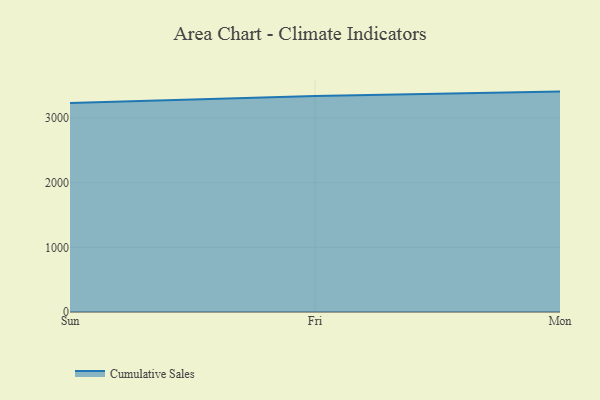
{"axis": {"x": "Day", "y": "Energy Usage (MWh)"}, "legend": ["Cumulative Sales"], "data": [{"x": "Sun", "y": 3230.1, "type": "Cumulative Sales"}, {"x": "Fri", "y": 3341.3, "type": "Cumulative Sales"}, {"x": "Mon", "y": 3407.9, "type": "Cumulative Sales"}]}